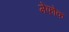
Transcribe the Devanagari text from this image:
मेंफोक